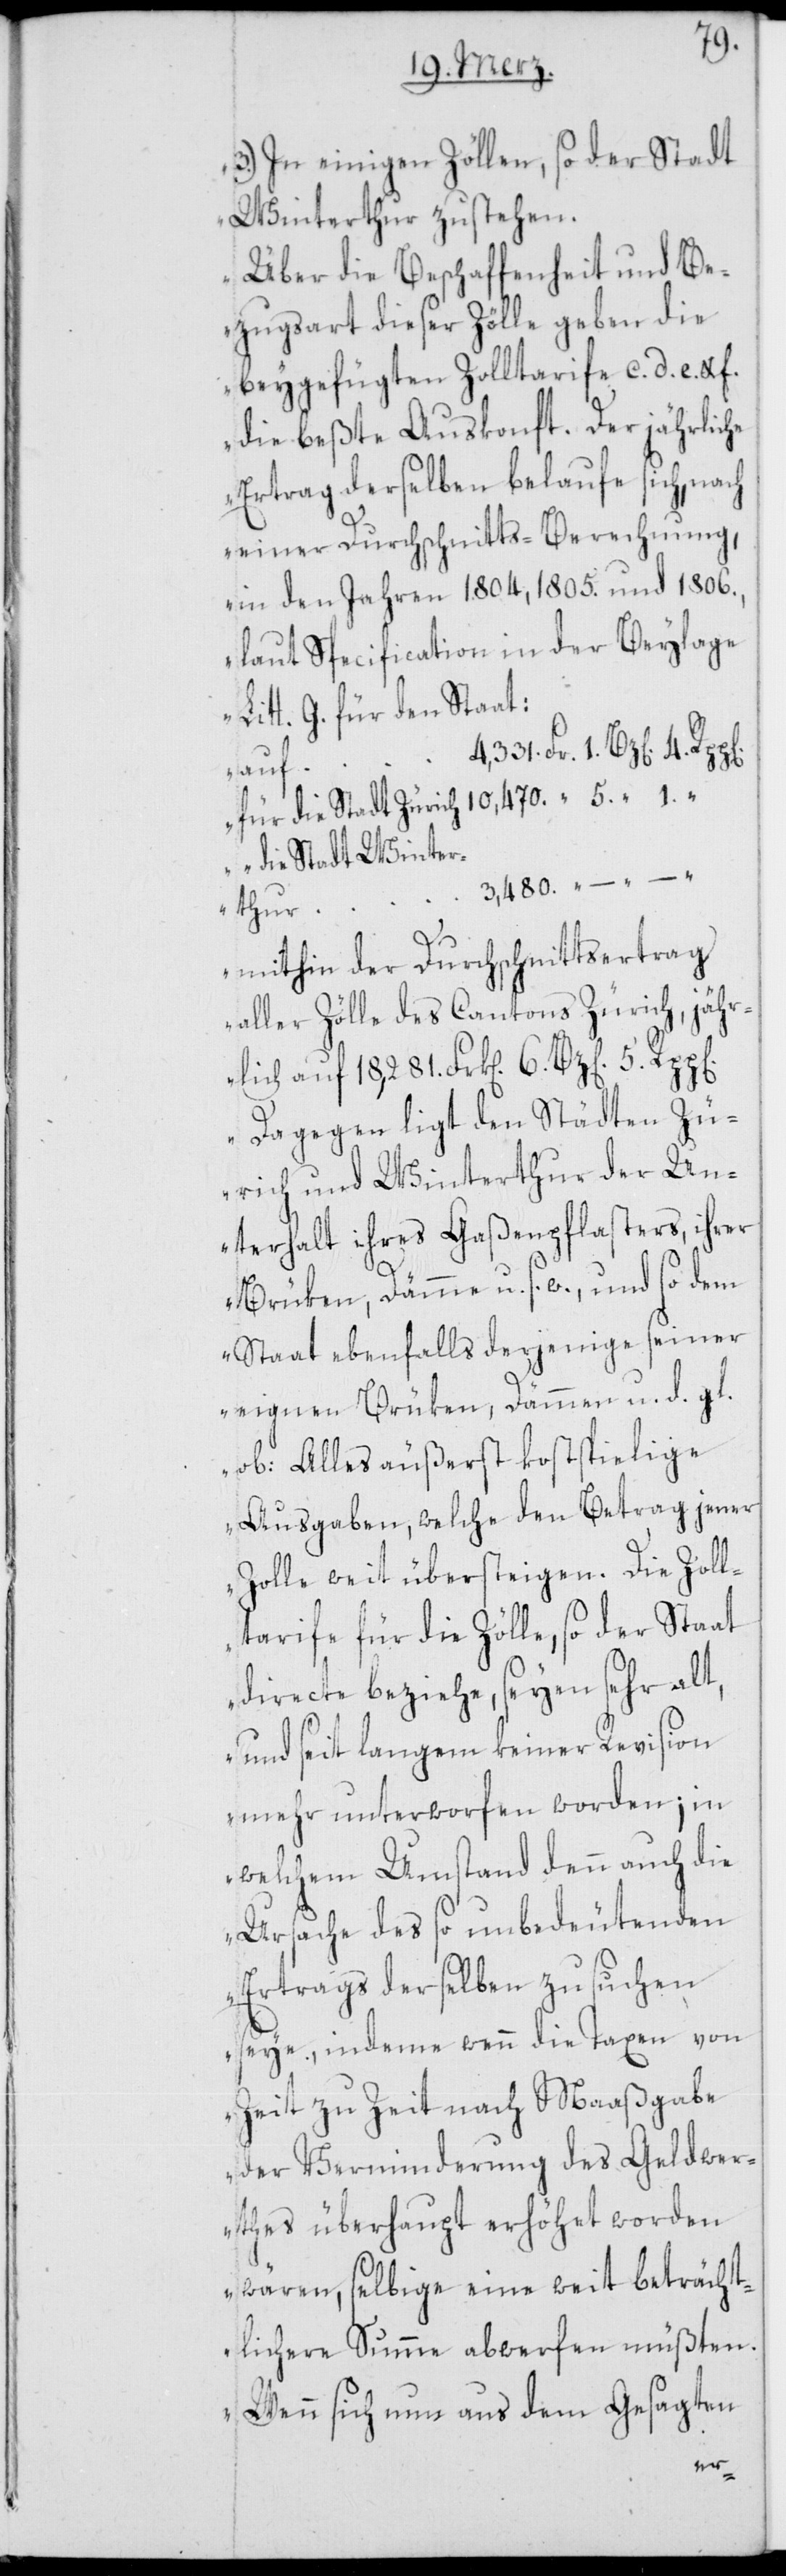
3.) In einigen Zöllen, so der Stadt
Winterthur zustehen.
Über die Beschaffenheit und Be¬
zugsart dieser Zölle geben die
beygefügten Zolltarife c. d. e. u.
die beßte Auskonft. Der jährliche
Ertrag derselben belaufe sich, nach
einer Durchschnitts-Berechnung,
in den Jahren 1804, 1805. und 1806.,
laut Specification in der Beylage
Litt. g. für den Staat:
4,331. Fr. 1. Bz[en].
auf
für die Stadt Zürich 10,470. “ 5. “ 1. “
die Stadt Winter¬
thur
mithin der Durchschnittsertrag
aller Zölle des Cantons Zürich, jähr¬
lich auf 18,281. Frk[en]. 6. Bz[en].
Dagegen ligt den Städten Zü¬
rich und Winterthur der Un¬
terhalt ihres Gaßenpflasters, ihrer
Brüken, Dämme u. s. w., und so dem
Staat ebenfalls derjenige seiner
eignen Brüken, Dämmen u. d. gl.
ob: Alles äußerst kostspielige
Ausgaben, welche den Betrag jener
Zolle weit übersteigen. Die Zoll¬
tarife für die Zölle, so der Staat
directe beziehe, seyen sehr alt,
und seit langem keiner Revision
mehr unterworfen worden; in
welchem Umstand denn auch die
Ursache des so unbedeutenden
Ertrags derselben zu suchen
seye, indeme wenn die Taxen von
Zeit zu Zeit nach Maaßgabe
der Verminderung des Geldwer¬
thes überhaupt erhöhet worden
wären, selbige eine weit beträcht¬
lichere Summe abwerfen müßten.
Wenn sich nun aus dem Gesagten